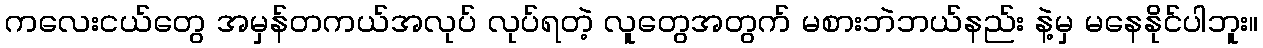
ကလေးငယ်တွေ အမှန်တကယ်အလုပ် လုပ်ရတဲ့ လူတွေအတွက် မစားဘဲဘယ်နည်း နဲ့မှ မနေနိုင်ပါဘူး။